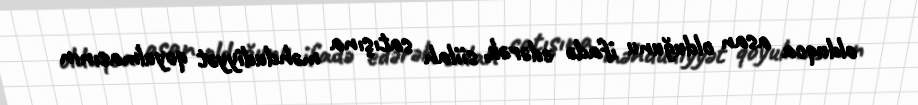
olduqca asan olduğunu ifadə edərək, siilah satışına məhdudiyyət qoyulmasının